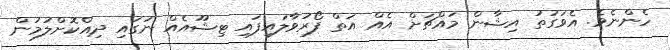
ހެންނެވެ. އެވަގުތު އިޝާން މައްޗަށް އެއް އަތް ފޯރުވާލައިފައި ޓިޝޫއެއް ނަގައި ދިއްކޮށްލުމުން